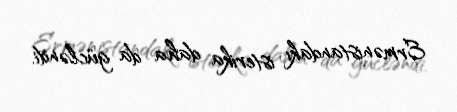
Ermənistandakı isterika daha da gücləndi.